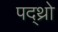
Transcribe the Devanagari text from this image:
पद्थ्रो